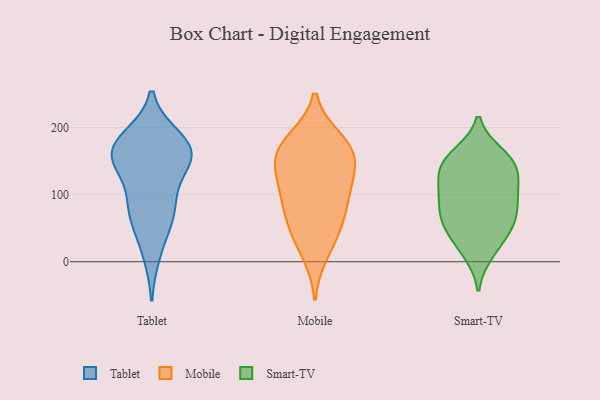
{"axis": {"x": "Active Users", "y": "Value"}, "legend": ["Mobile", "Smart-TV", "Tablet"], "data": [{"x": "", "y": 175, "type": "Tablet"}, {"x": "", "y": 177, "type": "Tablet"}, {"x": "", "y": 12, "type": "Tablet"}, {"x": "", "y": 58, "type": "Tablet"}, {"x": "", "y": 144, "type": "Tablet"}, {"x": "", "y": 147, "type": "Tablet"}, {"x": "", "y": 161, "type": "Tablet"}, {"x": "", "y": 88, "type": "Tablet"}, {"x": "", "y": 154, "type": "Tablet"}, {"x": "", "y": 87, "type": "Tablet"}, {"x": "", "y": 184, "type": "Tablet"}, {"x": "", "y": 163, "type": "Tablet"}, {"x": "", "y": 70, "type": "Tablet"}, {"x": "", "y": 13, "type": "Mobile"}, {"x": "", "y": 94, "type": "Mobile"}, {"x": "", "y": 49, "type": "Mobile"}, {"x": "", "y": 75, "type": "Mobile"}, {"x": "", "y": 174, "type": "Mobile"}, {"x": "", "y": 130, "type": "Mobile"}, {"x": "", "y": 48, "type": "Mobile"}, {"x": "", "y": 169, "type": "Mobile"}, {"x": "", "y": 181, "type": "Mobile"}, {"x": "", "y": 160, "type": "Mobile"}, {"x": "", "y": 101, "type": "Mobile"}, {"x": "", "y": 124, "type": "Mobile"}, {"x": "", "y": 153, "type": "Mobile"}, {"x": "", "y": 62, "type": "Smart-TV"}, {"x": "", "y": 160, "type": "Smart-TV"}, {"x": "", "y": 99, "type": "Smart-TV"}, {"x": "", "y": 70, "type": "Smart-TV"}, {"x": "", "y": 54, "type": "Smart-TV"}, {"x": "", "y": 127, "type": "Smart-TV"}, {"x": "", "y": 141, "type": "Smart-TV"}, {"x": "", "y": 98, "type": "Smart-TV"}, {"x": "", "y": 20, "type": "Smart-TV"}, {"x": "", "y": 153, "type": "Smart-TV"}, {"x": "", "y": 13, "type": "Smart-TV"}, {"x": "", "y": 157, "type": "Smart-TV"}, {"x": "", "y": 141, "type": "Smart-TV"}, {"x": "", "y": 47, "type": "Smart-TV"}, {"x": "", "y": 128, "type": "Smart-TV"}, {"x": "", "y": 91, "type": "Smart-TV"}, {"x": "", "y": 98, "type": "Smart-TV"}, {"x": "", "y": 55, "type": "Smart-TV"}]}